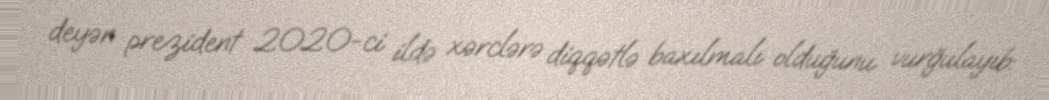
deyən prezident 2020-ci ildə xərclərə diqqətlə baxılmalı olduğunu vurğulayıb: